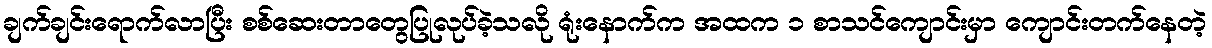
ချက်ချင်းရောက်လာပြီး စစ်ဆေးတာတွေပြုလုပ်ခဲ့သလို ရုံးနောက်က အထက ၁ စာသင်ကျောင်းမှာ ကျောင်းတက်နေတဲ့